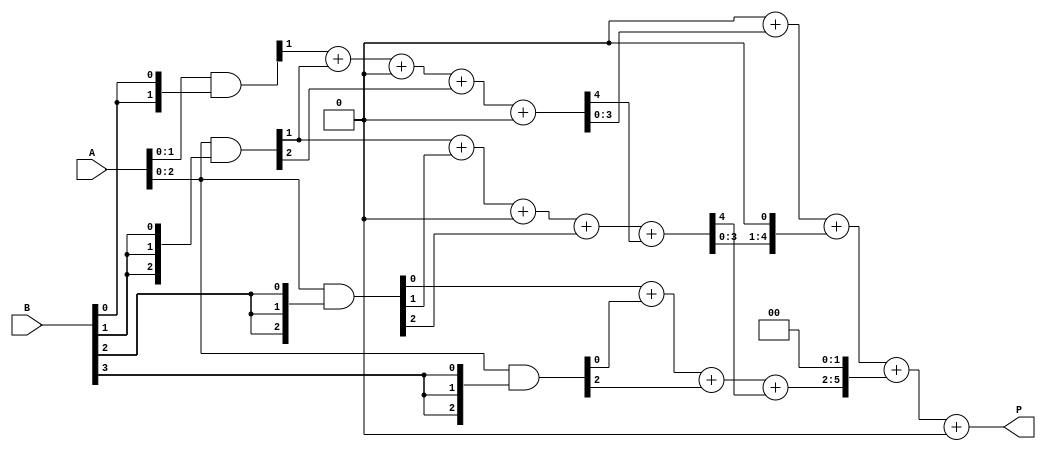
module wallace_tree_multiplier #(parameter N = 4) (
    input [N-1:0] A,
    input [N-1:0] B,
    output reg [2*N-1:0] P
);

    // Partial product generation
    wire [N-1:0] pp [0:N-1]; // Partial products
    genvar i;
    generate
        for (i = 0; i < N; i = i + 1) begin : pp_gen
            assign pp[i] = A & {N{B[i]}}; // AND operation to generate partial products
        end
    endgenerate

    // Internal wires for reduction
    wire [N-1:0] sum [0:N-1]; // Sums from adders
    wire [N-1:0] carry [0:N-1]; // Carries from adders

    // Wallace Tree Reduction
    integer j;
    always @(*) begin
        // Initialize sums and carries to zero
        for (j = 0; j < N; j = j + 1) begin
            sum[j] = 0;
            carry[j] = 0;
        end

        // Stage 1: Combine partial products using half and full adders
        for (j = 0; j < N; j = j + 1) begin
            if (j < N-1) begin
                {carry[j+1], sum[j]} = pp[j][0] + pp[j+1][0]; // Half adder for first column
            end
            if (j < N-2) begin
                {carry[j+1], sum[j]} = pp[j][1] + pp[j+1][1] + carry[j]; // Full adder for next columns
            end
        end

        // Stage 2: Further reduction
        for (j = 0; j < N; j = j + 1) begin
            if (j < N-1) begin
                {carry[j+1], sum[j]} = sum[j] + pp[j+1][2] + carry[j]; // Full adder for next columns
            end
        end

        // Final addition stage
        P = 0; // Initialize product
        for (j = 0; j < N; j = j + 1) begin
            P = P + (sum[j] << j); // Combine sums to form final product
        end
    end

endmodule